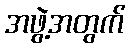
အဖွဲ့အတွက်